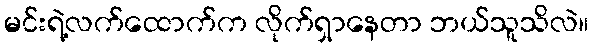
မင်းရဲ့လက်ထောက်က လိုက်ရှာနေတာ ဘယ်သူသိလဲ။